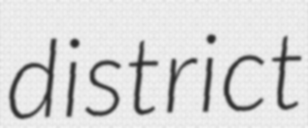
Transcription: district